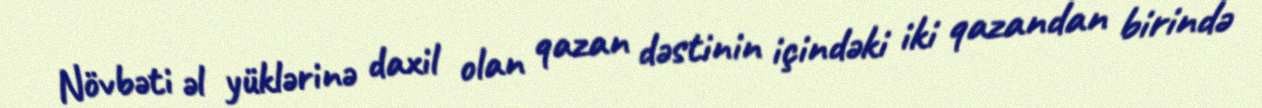
Növbəti əl yüklərinə daxil olan qazan dəstinin içindəki iki qazandan birində